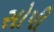
સોપી